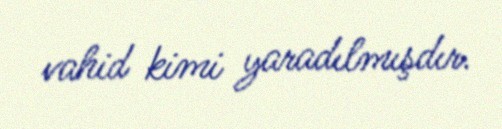
vahid kimi yaradılmışdır.